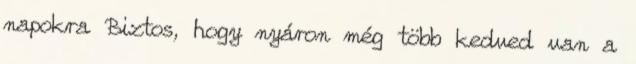
napokra Biztos, hogy nyáron még több kedved van a